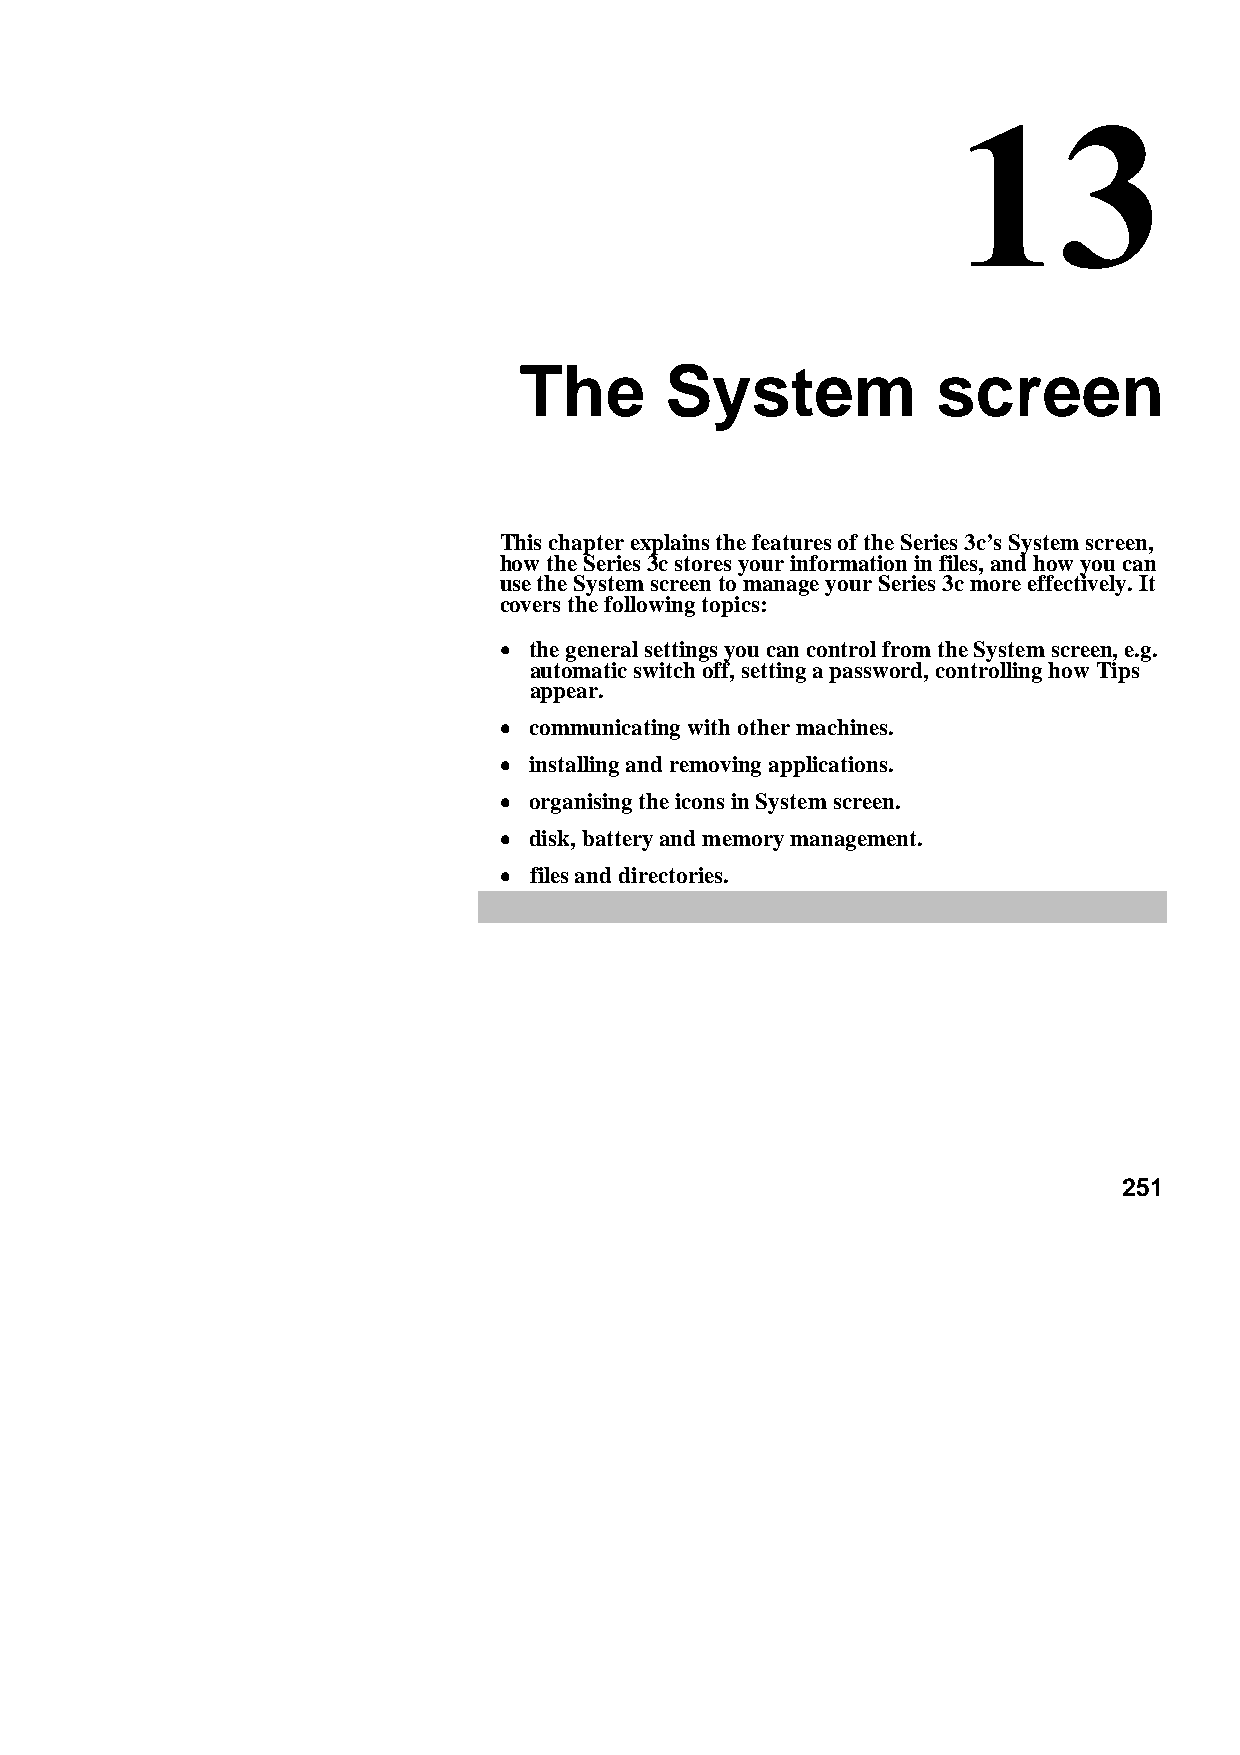
The       System            screen
 This chapter explains the features of the Series 3c’s System screen,
 how the Series 3c stores your information in files, and how you can
 use the System screen to manage your Series 3c more effectively. It
 covers the following topics:
 •••• the general settings you can control from the System screen, e.g.
 automatic switch off, setting a password, controlling how Tips
 appear.
 •••• communicating with other machines.
 •••• installing and removing applications.
 •••• organising the icons in System screen.
 •••• disk, battery and memory management.
 •••• files and directories.
 251